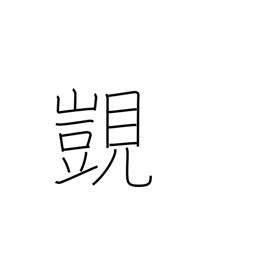
Meaning: coveting high rank